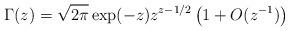
LaTeX: \begin{align*}\Gamma(z)=\sqrt{2\pi}\exp(-z)z^{z-1/2}\left(1+O(z^{-1})\right)\end{align*}